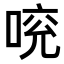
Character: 𠵷